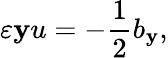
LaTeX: \varepsilon\mathbf{y}u=-\frac{{1}}{{2}}b_{\mathbf{y}},